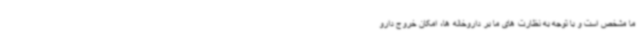
ما مشخص است و با توجه به نظارت های ما بر داروخانه ها، امکان خروج دارو